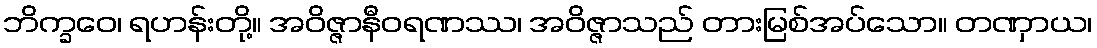
ဘိက္ခဝေ၊ ရဟန်းတို့။ အဝိဇ္ဇာနီဝရဏဿ၊ အဝိဇ္ဇာသည် တားမြစ်အပ်သော။ တဏှာယ၊